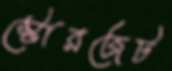
স্টোরজেট